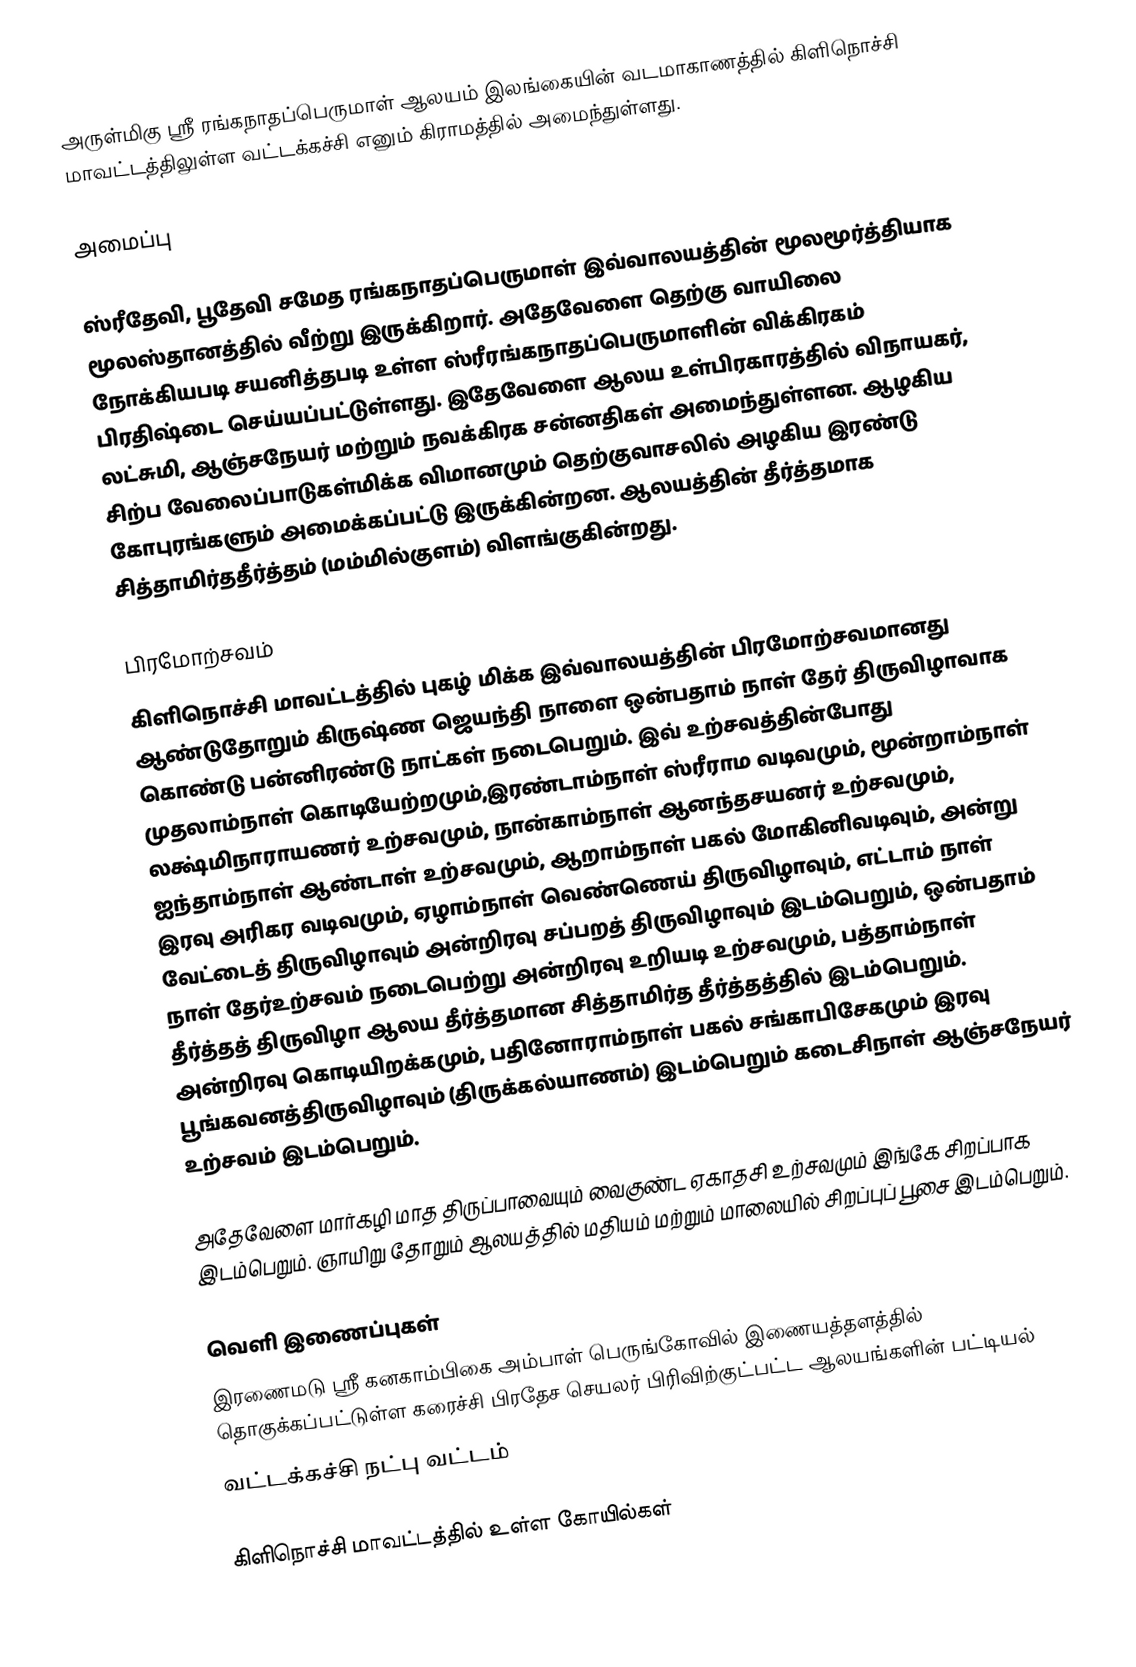
அருள்மிகு ஸ்ரீ ரங்கநாதப்பெருமாள் ஆலயம் இலங்கையின் வடமாகாணத்தில் கிளிநொச்சி மாவட்டத்திலுள்ள வட்டக்கச்சி எனும் கிராமத்தில் அமைந்துள்ளது.

அமைப்பு

ஸ்ரீதேவி, பூதேவி சமேத ரங்கநாதப்பெருமாள் இவ்வாலயத்தின் மூலமூர்த்தியாக மூலஸ்தானத்தில் வீற்று இருக்கிறார். அதேவேளை தெற்கு வாயிலை நோக்கியபடி சயனித்தபடி உள்ள ஸ்ரீரங்கநாதப்பெருமாளின் விக்கிரகம் பிரதிஷ்டை செய்யப்பட்டுள்ளது. இதேவேளை ஆலய உள்பிரகாரத்தில் விநாயகர், லட்சுமி, ஆஞ்சநேயர் மற்றும் நவக்கிரக சன்னதிகள் அமைந்துள்ளன. ஆழகிய சிற்ப வேலைப்பாடுகள்மிக்க விமானமும் தெற்குவாசலில் அழகிய இரண்டு கோபுரங்களும் அமைக்கப்பட்டு இருக்கின்றன. ஆலயத்தின் தீர்த்தமாக சித்தாமிர்ததீர்த்தம் (மம்மில்குளம்) விளங்குகின்றது.

பிரமோற்சவம்
கிளிநொச்சி மாவட்டத்தில் புகழ் மிக்க இவ்வாலயத்தின் பிரமோற்சவமானது ஆண்டுதோறும் கிருஷ்ண ஜெயந்தி நாளை ஒன்பதாம் நாள் தேர் திருவிழாவாக கொண்டு பன்னிரண்டு நாட்கள் நடைபெறும். இவ் உற்சவத்தின்போது முதலாம்நாள் கொடியேற்றமும்,இரண்டாம்நாள் ஸ்ரீராம வடிவமும், மூன்றாம்நாள் லக்ஷ்மிநாராயணர் உற்சவமும், நான்காம்நாள் ஆனந்தசயனர் உற்சவமும், ஐந்தாம்நாள் ஆண்டாள் உற்சவமும், ஆறாம்நாள் பகல் மோகினிவடிவும், அன்று இரவு அரிகர வடிவமும், ஏழாம்நாள் வெண்ணெய் திருவிழாவும், எட்டாம் நாள் வேட்டைத் திருவிழாவும் அன்றிரவு சப்பறத் திருவிழாவும் இடம்பெறும், ஒன்பதாம் நாள் தேர்உற்சவம் நடைபெற்று அன்றிரவு உறியடி உற்சவமும், பத்தாம்நாள் தீர்த்தத் திருவிழா ஆலய தீர்த்தமான சித்தாமிர்த தீர்த்தத்தில் இடம்பெறும். அன்றிரவு கொடியிறக்கமும், பதினோராம்நாள் பகல் சங்காபிசேகமும் இரவு பூங்கவனத்திருவிழாவும் (திருக்கல்யாணம்) இடம்பெறும் கடைசிநாள் ஆஞ்சநேயர் உற்சவம் இடம்பெறும்.

அதேவேளை மார்கழி மாத திருப்பாவையும் வைகுண்ட ஏகாதசி உற்சவமும் இங்கே சிறப்பாக இடம்பெறும். ஞாயிறு தோறும் ஆலயத்தில் மதியம் மற்றும் மாலையில் சிறப்புப் பூசை இடம்பெறும்.

வெளி இணைப்புகள்
 இரணைமடு ஸ்ரீ கனகாம்பிகை அம்பாள் பெருங்கோவில் இணையத்தளத்தில் தொகுக்கப்பட்டுள்ள கரைச்சி  பிரதேச செயலர் பிரிவிற்குட்பட்ட  ஆலயங்களின் பட்டியல்
வட்டக்கச்சி நட்பு வட்டம்

கிளிநொச்சி மாவட்டத்தில் உள்ள கோயில்கள்